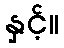
နှင့်။